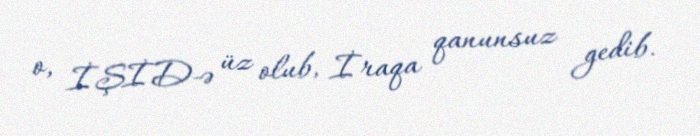
o, İŞİD-ə üz olub, İraqa qanunsuz gedib.